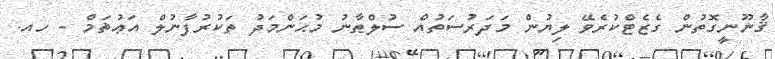
ޤާނޫނީގޮތުން ގެޒެޓްކުރެވޭ ލިޔުން މަދަރުސަތުއް ސުލްޠާނު މުޙަންމަދު ތަކުރުފާނުލް އަޢުޡަމް - ހއ.